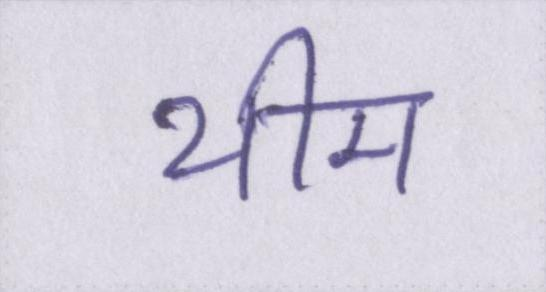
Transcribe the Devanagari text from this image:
थीम